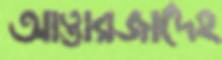
আত্তারজাদেহ